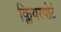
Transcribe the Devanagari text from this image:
क्लियरपोर्ट